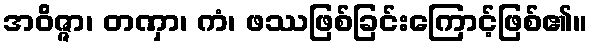
အဝိဇ္ဇာ၊ တဏှာ၊ ကံ၊ ဖဿဖြစ်ခြင်းကြောင့်ဖြစ်၏။